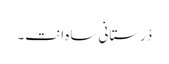
دْرستانی ساہ اِنت۔